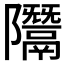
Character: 𨽨